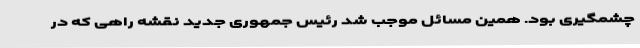
چشمگیری بود. همین مسائل موجب شد رئیس جمهوری جدید نقشه راهی که در